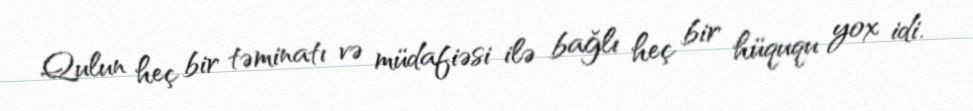
Qulun heç bir təminatı və müdafiəsi ilə bağlı heç bir hüququ yox idi.